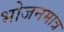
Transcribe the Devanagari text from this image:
भोजनमात्र